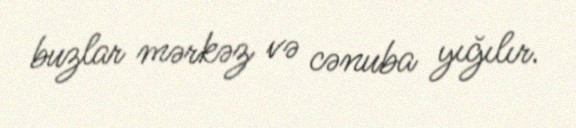
buzlar mərkəz və cənuba yığılır.